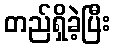
တည်ရှိခဲ့ပြီး